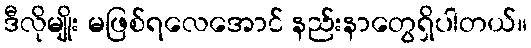
ဒီလိုမျိုး မဖြစ်ရလေအောင် နည်းနာတွေရှိပါတယ်။